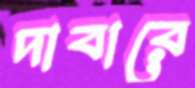
দাবারে